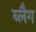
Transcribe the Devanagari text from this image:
ब्लैग